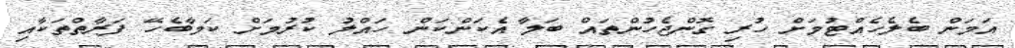
އަމަން ބެލެހެއްޓުމަށް ހުރި ގޮންޖެހުންތައް ބަލާ އެކަންކަން ހައްލު ކުރުމަށް ކަމާބެހޭ ފަރާތްތަކާއި